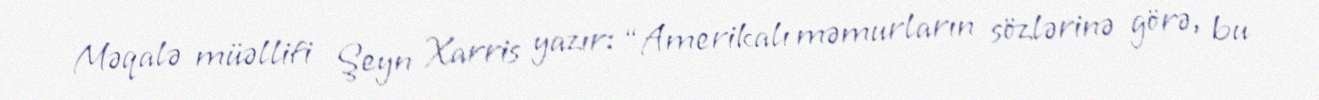
Məqalə müəllifi Şeyn Xarris yazır: “Amerikalı məmurların sözlərinə görə, bu